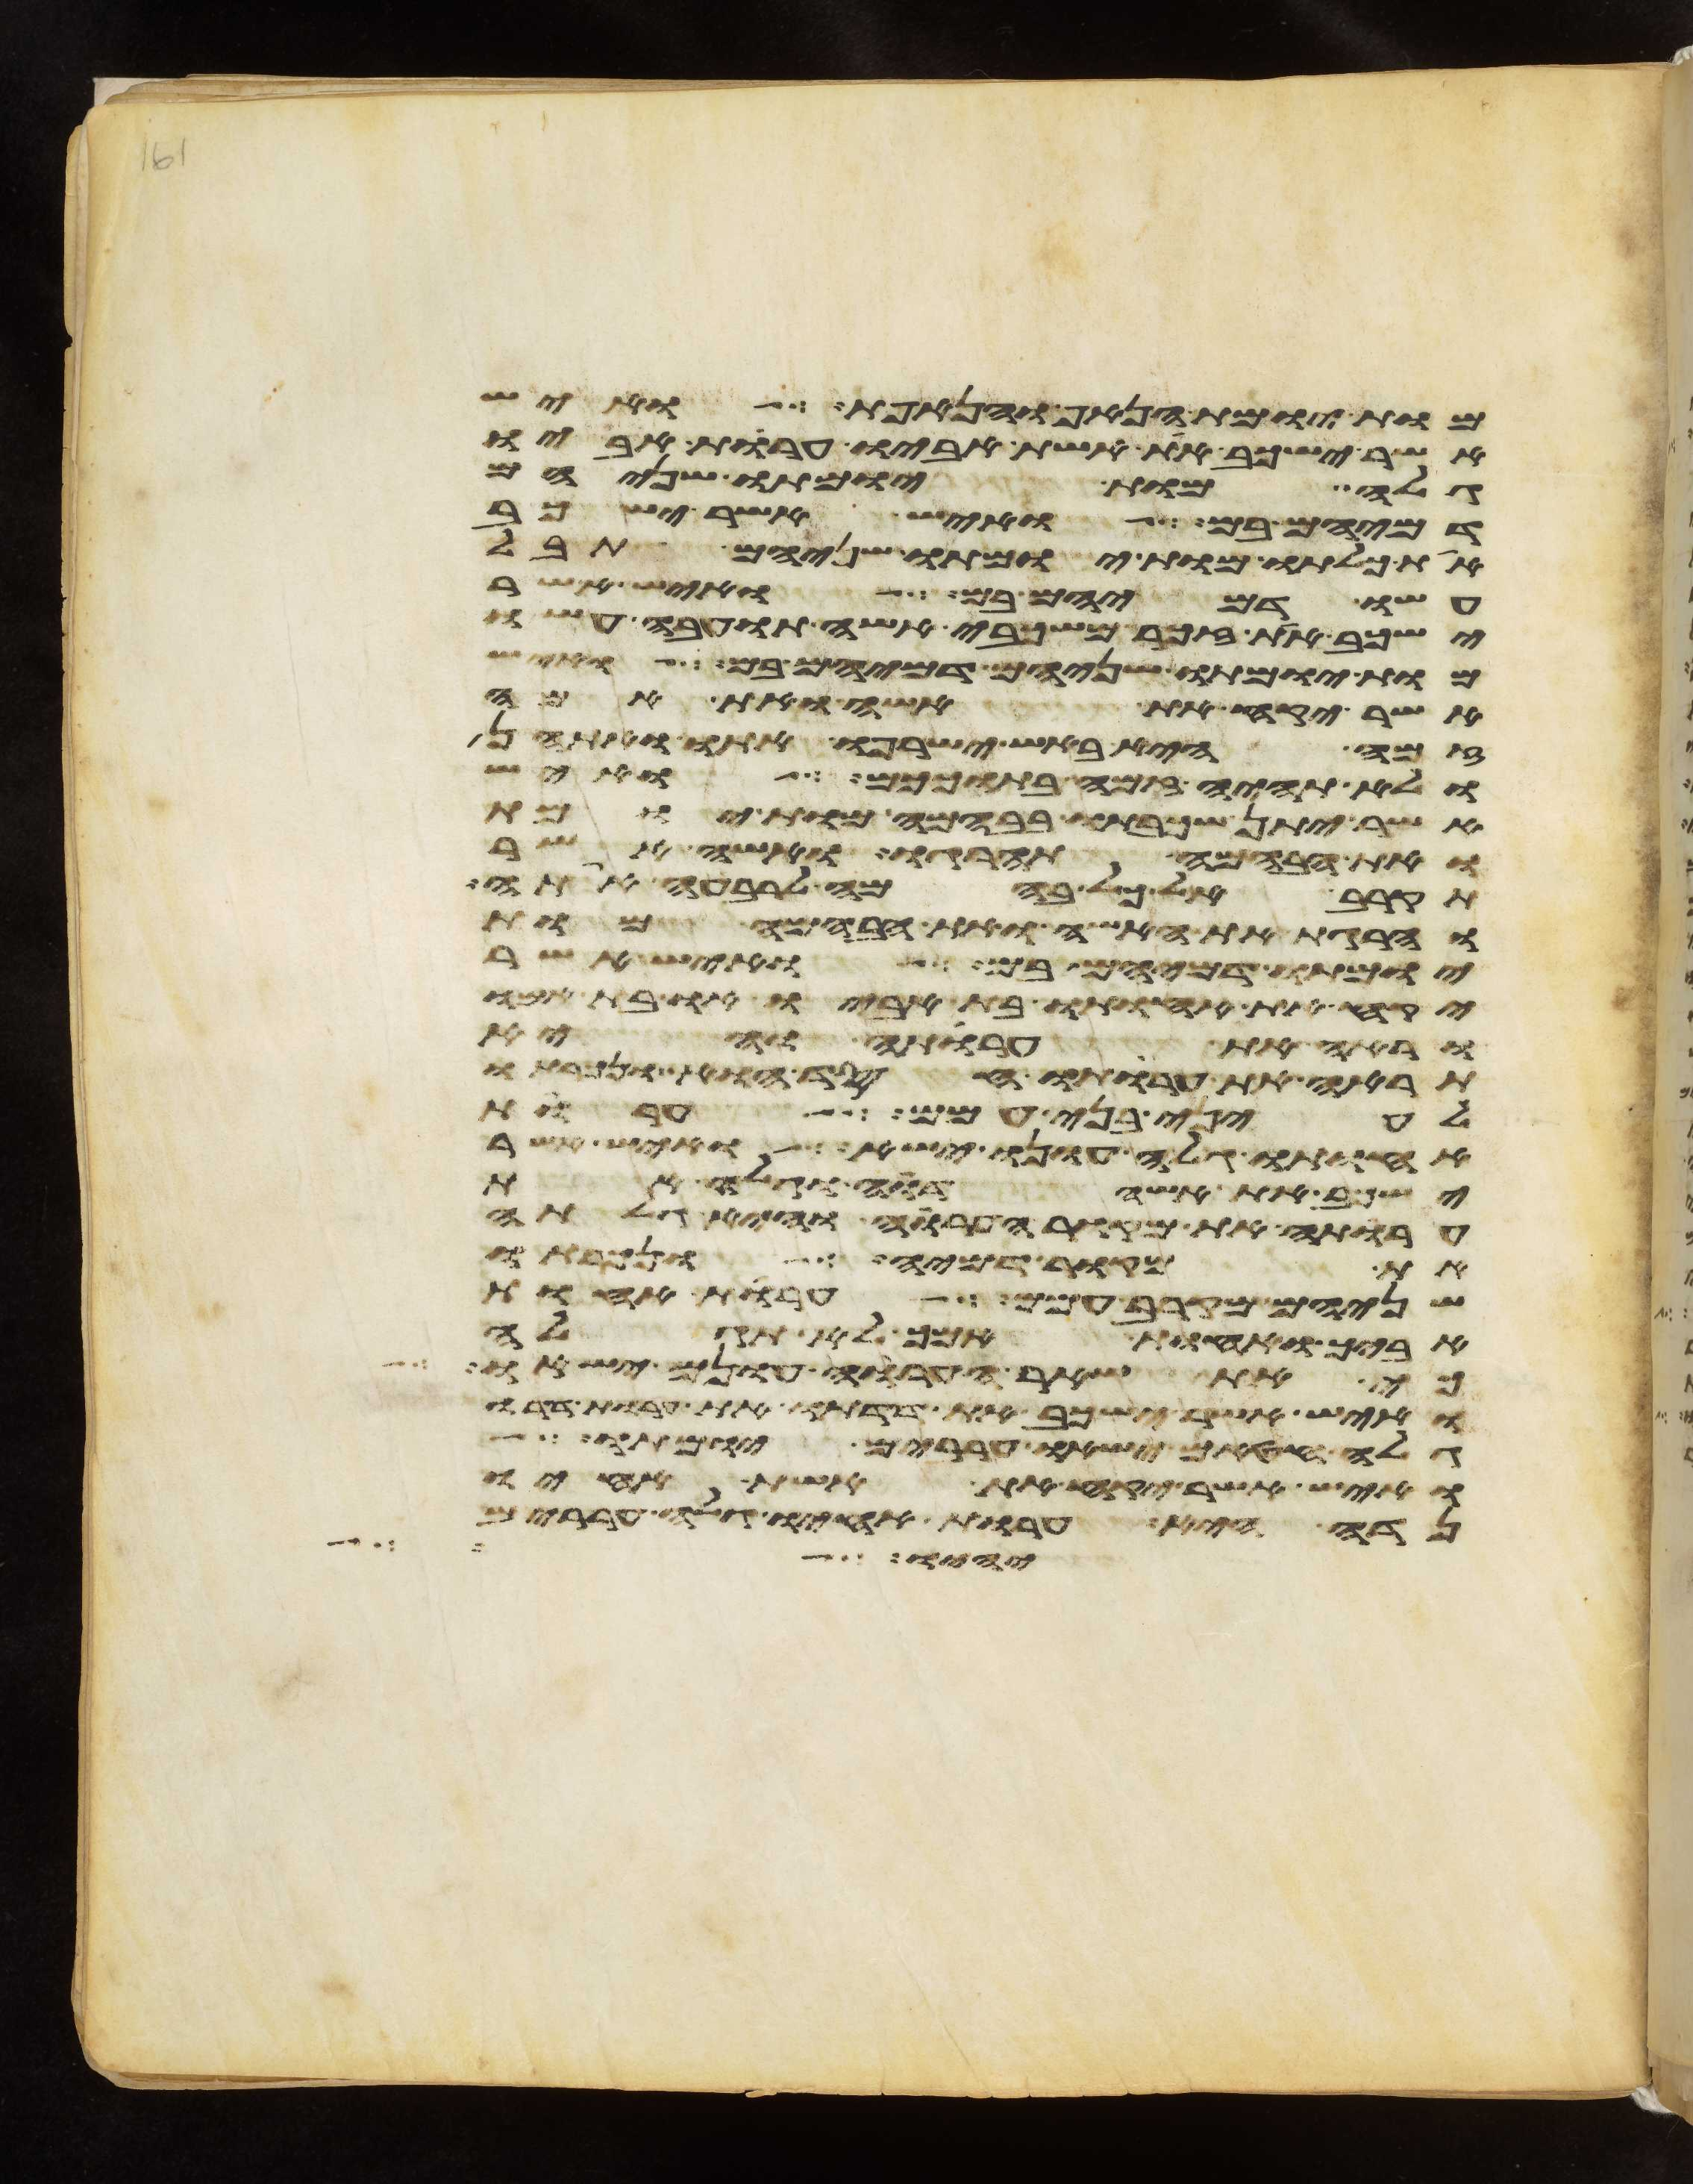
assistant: מות יומת הנאף והנאפת ואיש
אשר ישכב את אשת אביו ערות אביו
גלה מות יומתו שניהם
דמיהם בם ואיש אשר ישכב
את כלתו מות יומתו שניהם תבל
עשו דמיהם בם ואיש אשר
ישכב את זכר משכבי אשה תועבה עשו
מות יומתו שניהם דמיהם בם ואיש
אשר יקח את אשה ואת אמה
זמה היא באש ישרפו אתו ואתהן
ולא תהיה זמה בתוככם ואיש
אשר יתן שכבתו בבהמה מות יומת
ואת הבהמה תהרגו ואשה אשר
תקרב אל כל בהמה לרבעה אתה
והרגת את האשה ואת הבהמה מות
יומתו דמיהם בם ואיש אשר
יקח את אחותו בת אביו או בת אמו
וראה את ערותה והיא
תראה את ערותו חסד הוא ונכרתו
לעיני בני עמם ערות
אחותו גלה עונו ישא ואיש אשר
ישכב את אשה דוה וגלה את
ערותה את מקור הערוה והיא גלתה
את מקור דמיה ונכרתו
שניהם מקרב עמם ערות אחות
אביך ואחות אמך לא תגלה
כי את שאר הערוה עונם ישאו
ואיש אשר ישכב את דדתו את ערות דדו
גלה חטאם ישאו עררים יומתו
ואיש אשר יקח את אשת אחיו
נדה היא ערות אחיו גלה עררים
יהוה